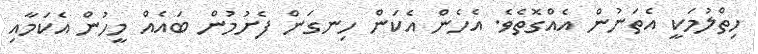
ހިތްލުމަކީ އެތަނުން އެއްގޮތެވެ. އެހެން އެކަން ހިނގަން ފެށުމުން ބައެއް މީހުން އެކަމާއި